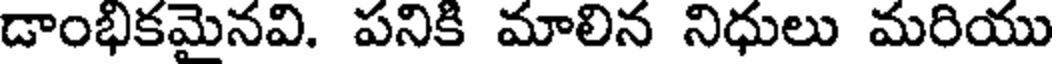
డాంభికమైనవి. పనికి మాలిన నిధులు మరియు